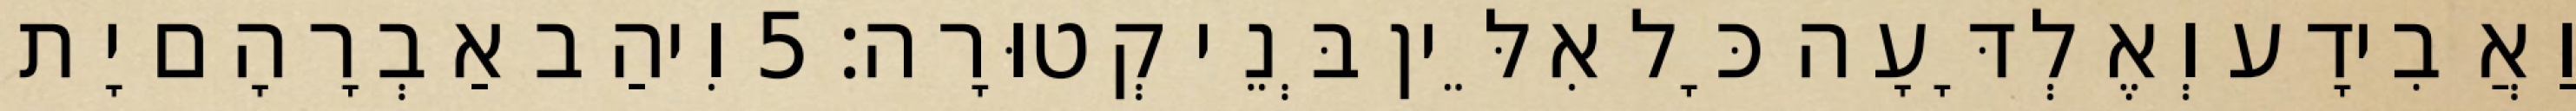
וַאֲבִידָע וְאֶלְדָּעָה כָּל אִלֵּין בְּנֵי קְטוּרָה׃ 5 וִיהַב אַבְרָהָם יָת